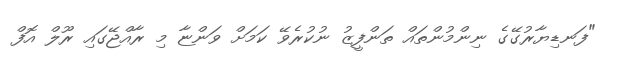
"ފަނޑިޔާރުގޭގެ ނިންމުންތައް ތަންފީޒު ނުކުރެވޭ ކަމަށް ވަންޏާ މި ރާއްޖޭގައި ރޫލް އޮފް